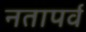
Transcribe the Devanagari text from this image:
नतापर्व